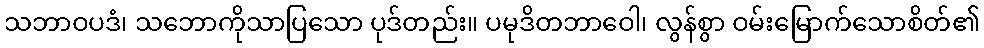
သဘာဝပဒံ၊ သဘောကိုသာပြသော ပုဒ်တည်း။ ပမုဒိတဘာဝေါ၊ လွန်စွာ ဝမ်းမြောက်သောစိတ်၏